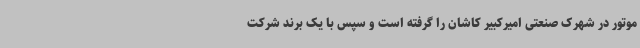
موتور در شهرک صنعتی امیرکبیر کاشان را گرفته است و سپس با یک برند شرکت